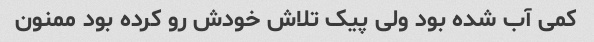
کمی آب شده بود ولی پیک تلاش خودش رو کرده بود ممنون